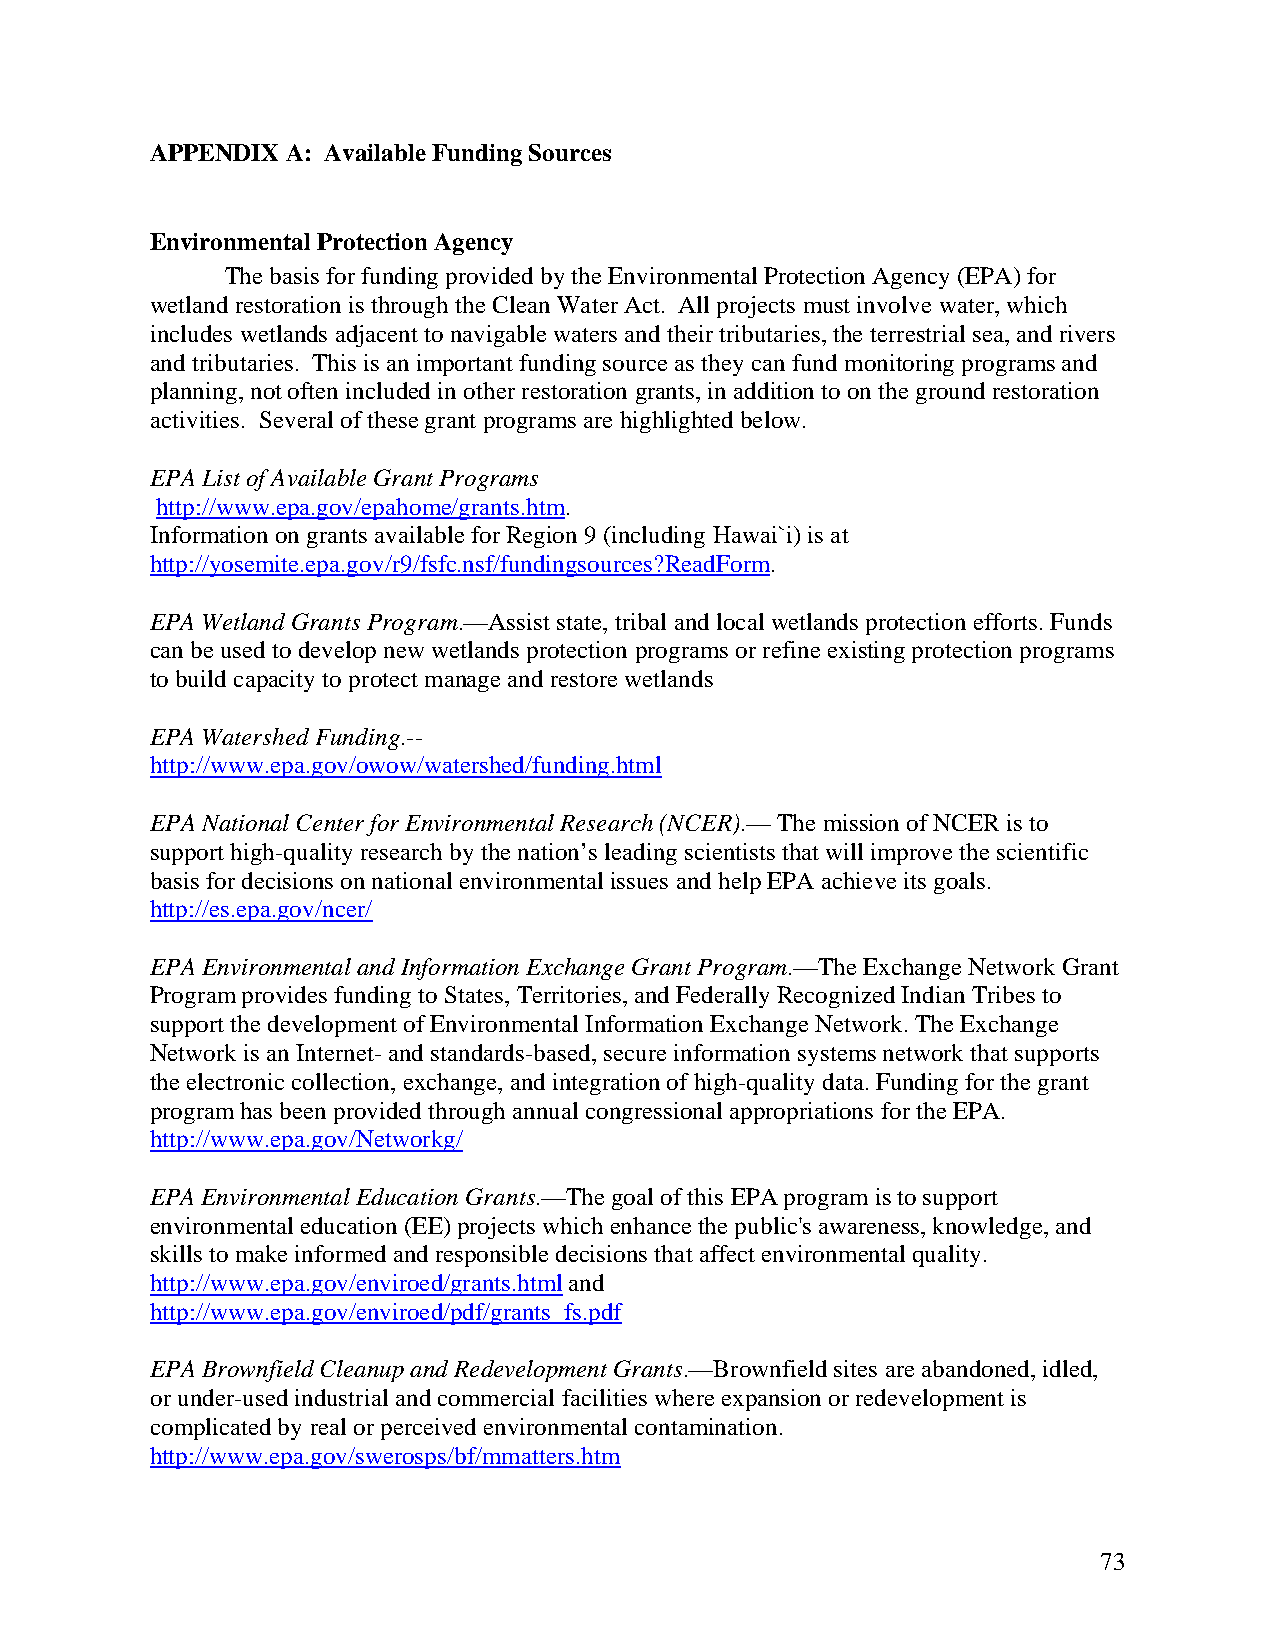
APPENDIX A: Available Funding Sources
 Environmental Protection Agency
 The basis for funding provided by the Environmental Protection Agency (EPA) for
 wetland restoration is through the Clean Water Act. All projects must involve water, which
 includes wetlands adjacent to navigable waters and their tributaries, the terrestrial sea, and rivers
 and tributaries. This is an important funding source as they can fund monitoring programs and
 planning, not often included in other restoration grants, in addition to on the ground restoration
 activities. Several of these grant programs are highlighted below.
 EPA List of Available Grant Programs
 http://www.epa.gov/epahome/grants.htm.
 Information on grants available for Region 9 (including Hawai`i) is at
 http://yosemite.epa.gov/r9/fsfc.nsf/fundingsources?ReadForm.
 EPA Wetland Grants Program.—Assist state, tribal and local wetlands protection efforts. Funds
 can be used to develop new wetlands protection programs or refine existing protection programs
 to build capacity to protect manage and restore wetlands
 EPA Watershed Funding.--
 http://www.epa.gov/owow/watershed/funding.html
 EPA National Center for Environmental Research (NCER).— The mission of NCER is to
 support high-quality research by the nation’s leading scientists that will improve the scientific
 basis for decisions on national environmental issues and help EPA achieve its goals.
 http://es.epa.gov/ncer/
 EPA Environmental and Information Exchange Grant Program.—The Exchange Network Grant
 Program provides funding to States, Territories, and Federally Recognized Indian Tribes to
 support the development of Environmental Information Exchange Network. The Exchange
 Network is an Internet- and standards-based, secure information systems network that supports
 the electronic collection, exchange, and integration of high-quality data. Funding for the grant
 program has been provided through annual congressional appropriations for the EPA.
 http://www.epa.gov/Networkg/
 EPA Environmental Education Grants.—The goal of this EPA program is to support
 environmental education (EE) projects which enhance the public's awareness, knowledge, and
 skills to make informed and responsible decisions that affect environmental quality.
 http://www.epa.gov/enviroed/grants.html and
 http://www.epa.gov/enviroed/pdf/grants_fs.pdf
 EPA Brownfield Cleanup and Redevelopment Grants.—Brownfield sites are abandoned, idled,
 or under-used industrial and commercial facilities where expansion or redevelopment is
 complicated by real or perceived environmental contamination.
 http://www.epa.gov/swerosps/bf/mmatters.htm
 73